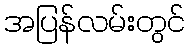
အပြန်လမ်းတွင်